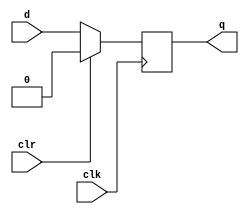
// A 1-bit D-FF for Booth Multiplier

module d_flop(
    q,
    d,
    clk,
    clr
);

input d, clk, clr;
output reg q;

always @(negedge clk)
begin
    if (clr)
        q <= 0;
    else
        q <= d;    
end

endmodule